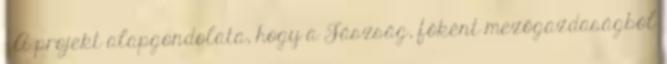
- A projekt alapgondolata, hogy a Jászság, főként mezőgazdaságból